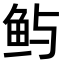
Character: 𫚈